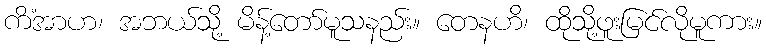
ကိံအာဟ၊ အဘယ်သို့ မိန့်တော်မူသနည်း။ တေနဟိ၊ ထိုသို့ဖူးမြင်လိုမူကား။